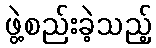
ဖွဲ့စည်းခဲ့သည့်